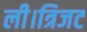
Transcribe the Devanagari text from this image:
ली।त्रिजट